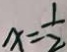
x = \frac { 1 } { 2 }